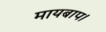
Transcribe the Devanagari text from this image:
मायबाप।